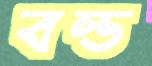
বল্ড